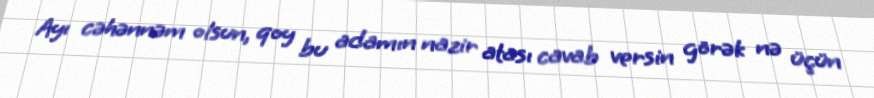
Ayı cəhənnəm olsun, qoy bu adamın nazir atası cavab versin görək nə üçün